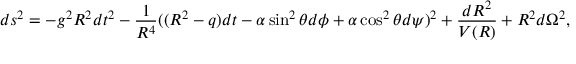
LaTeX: d s ^ { 2 } = - g ^ { 2 } R ^ { 2 } d t ^ { 2 } - \frac { 1 } { R ^ { 4 } } ( ( R ^ { 2 } - q ) d t - \alpha \sin ^ { 2 } \theta d \phi + \alpha \cos ^ { 2 } \theta d \psi ) ^ { 2 } + \frac { d R ^ { 2 } } { V ( R ) } + R ^ { 2 } d \Omega ^ { 2 } ,